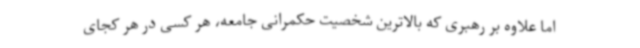
اما علاوه بر رهبری که بالاترین شخصیت حکمرانی جامعه، هر کسی در هر کجای